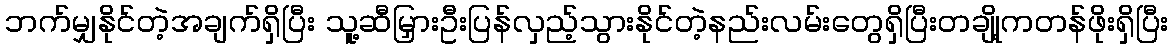
ဘက်မျှနိုင်တဲ့အချက်ရှိပြီး သူ့ဆီမြှားဦးပြန်လှည့်သွားနိုင်တဲ့နည်းလမ်းတွေရှိပြီးတချို့ကတန်ဖိုးရှိပြီး